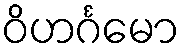
ဝိဟင်္ဂမော